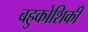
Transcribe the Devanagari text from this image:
बहुकोशिकी